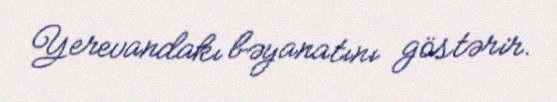
Yerevandakı bəyanatını göstərir.